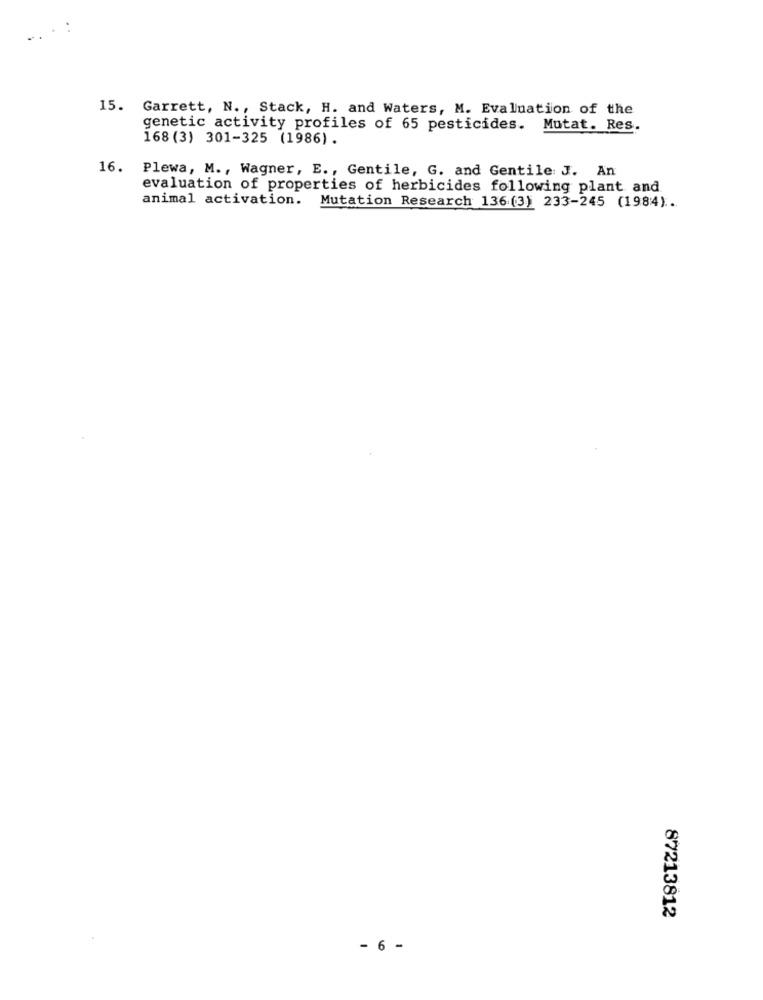
. .
15. Garrett, N ., Stack, H. and Waters, M. Evaluation of the
genetic activity profiles of 65 pesticides. Mutat. Res.
168 (3) 301-325 (1986).
16. Plewa, M ., Wagner, E ., Gentile, G. and Gentile: J. An
evaluation of properties of herbicides following plant and
animal activation.
Mutation Research 136(3) 233-245 (1984).
87213812
- 6 -